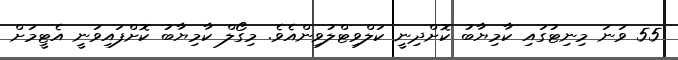
55 ވަނަ މިނިޓުގައި ކާމިޔާބު ކޮށްދިނީ ކަލްވިޓްލުވިންއެވެ. މިގޯލް ކާމިޔާބު ކޮށްފައިވަނީ އެޓީމަށް